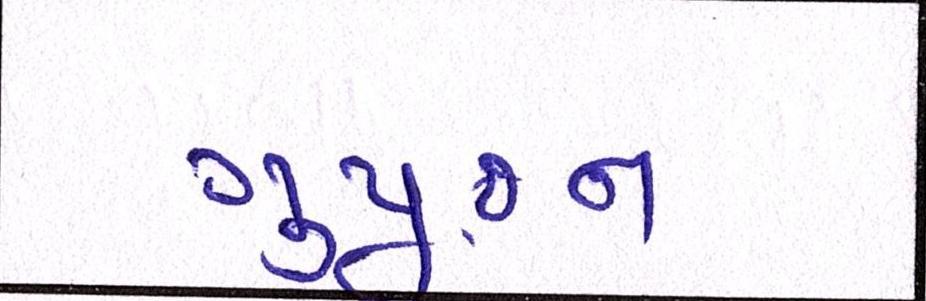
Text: ગુપૂજન